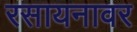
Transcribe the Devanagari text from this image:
रसायनावर